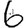
Digit: 6